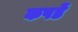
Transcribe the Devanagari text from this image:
कपडें